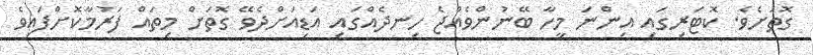
ގޮތަށެވެ. ކޮޓަރިގައި އިންނަ މީހާ ބޭނުންވެއްޖެ ހިނދެއްގައި އަޑިއަށްދެވޭ ގޮތަށް މިތައް ފަރުމާކޮށްފައިވެ